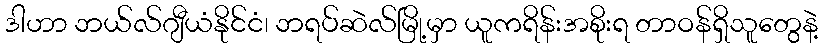
ဒါဟာ ဘယ်လ်ဂျီယံနိုင်ငံ၊ ဘရပ်ဆဲလ်မြို့မှာ ယူကရိန်းအစိုးရ တာဝန်ရှိသူတွေနဲ့